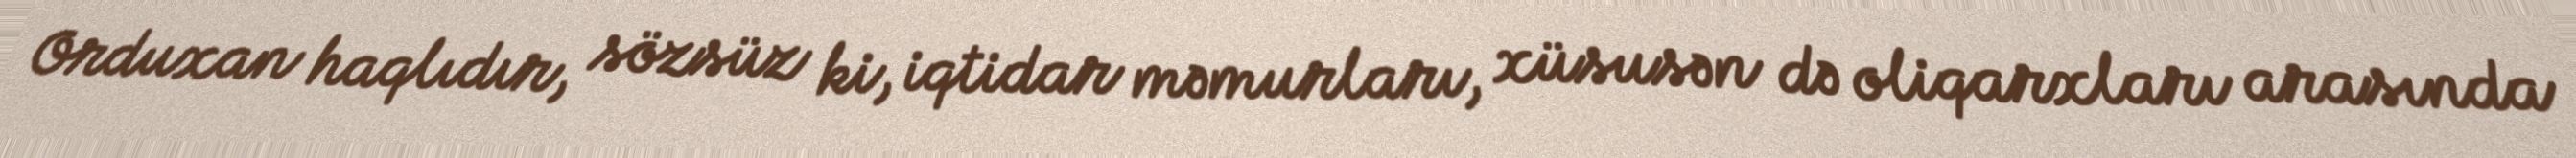
Orduxan haqlıdır, sözsüz ki, iqtidar məmurları, xüsusən də oliqarxları arasında